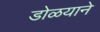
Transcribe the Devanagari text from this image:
डोळयाने